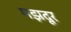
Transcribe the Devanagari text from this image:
मझदूर